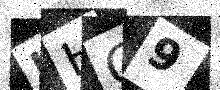
Text: LHO9